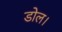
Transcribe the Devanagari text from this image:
डोल।